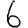
Digit: 6